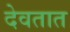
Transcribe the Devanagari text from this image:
देवतात